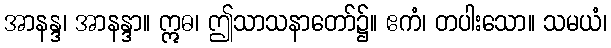
အာနန္ဒ၊ အာနန္ဒာ။ ဣဓ၊ ဤသာသနာတော်၌။ ဧကံ၊ တပါးသော။ သမယံ၊